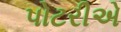
પોટરીએ